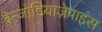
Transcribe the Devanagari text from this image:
बेन्जोडियाज़ेपाइंस